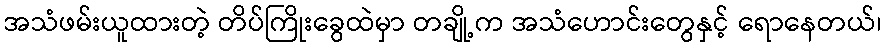
အသံဖမ်းယူထားတဲ့ တိပ်ကြိုးခွေထဲမှာ တချို့က အသံဟောင်းတွေနှင့် ရောနေတယ်၊